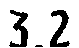
3.2